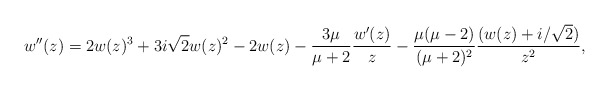
\begin{align*} w''(z)=2w(z)^3+3i\sqrt{2}w(z)^2-2w(z)-\frac{3\mu}{\mu+2}\frac{w'(z)}{z}-\frac{\mu(\mu-2)}{(\mu+2)^2}\frac{(w(z)+i/\sqrt{2})}{z^2}, \end{align*}